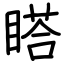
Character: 𥉌